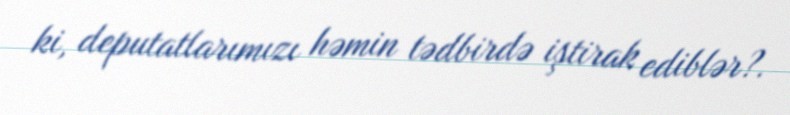
ki, deputatlarımızı həmin tədbirdə iştirak ediblər?.